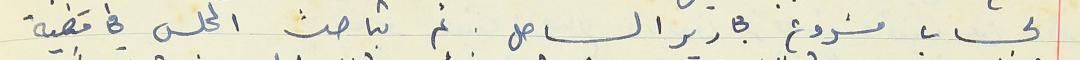
لحساب مشروع مجارير الساحل. ثم تباحث المجلس في قضية